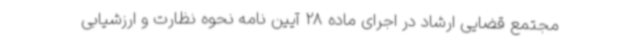
مجتمع قضایی ارشاد در اجرای ماده 28 آیین نامه نحوه نظارت و ارزشیابی